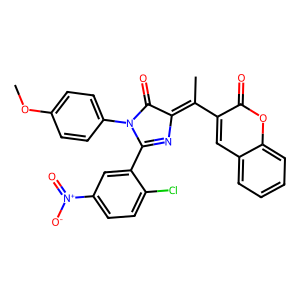
SMILES: COc1ccc(N2C(=O)C(=C(C)c3cc4ccccc4oc3=O)N=C2c2cc([N+](=O)[O-])ccc2Cl)cc1
Inhibits HIV replication: No